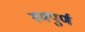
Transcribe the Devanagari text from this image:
स्मपुर्ण